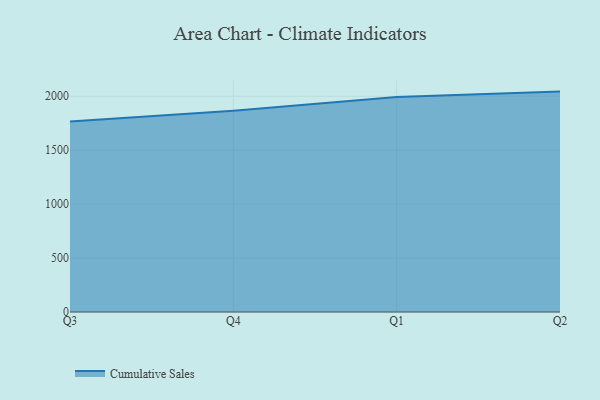
{"axis": {"x": "Quarter", "y": "Website Visitors"}, "legend": ["Cumulative Sales"], "data": [{"x": "Q3", "y": 1767.1, "type": "Cumulative Sales"}, {"x": "Q4", "y": 1865.4, "type": "Cumulative Sales"}, {"x": "Q1", "y": 1994.1, "type": "Cumulative Sales"}, {"x": "Q2", "y": 2043.2, "type": "Cumulative Sales"}]}